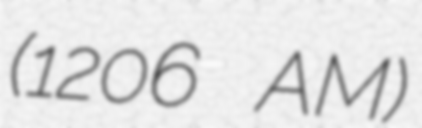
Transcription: (1206 AM)